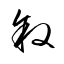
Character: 叙